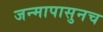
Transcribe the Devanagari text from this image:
जन्मापासुनच